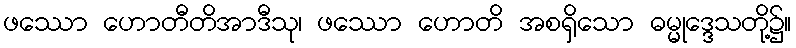
ဖဿော ဟောတီတိအာဒီသု၊ ဖဿော ဟောတိ အစရှိသော ဓမ္မုဒ္ဒေသတို့၌။